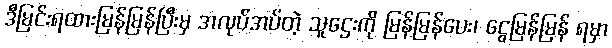
ဒီမြင်းရထားမြန်မြန်ပြီးမှ အလုပ်အပ်တဲ့ သူဌေးကို မြန်မြန်ပေး၊ ငွေမြန်မြန် ရမှာ